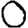
Digit: 0